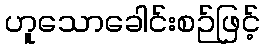
ဟူသောခေါင်းစဉ်ဖြင့်